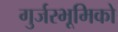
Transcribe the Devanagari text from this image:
गुर्जरभूमिको